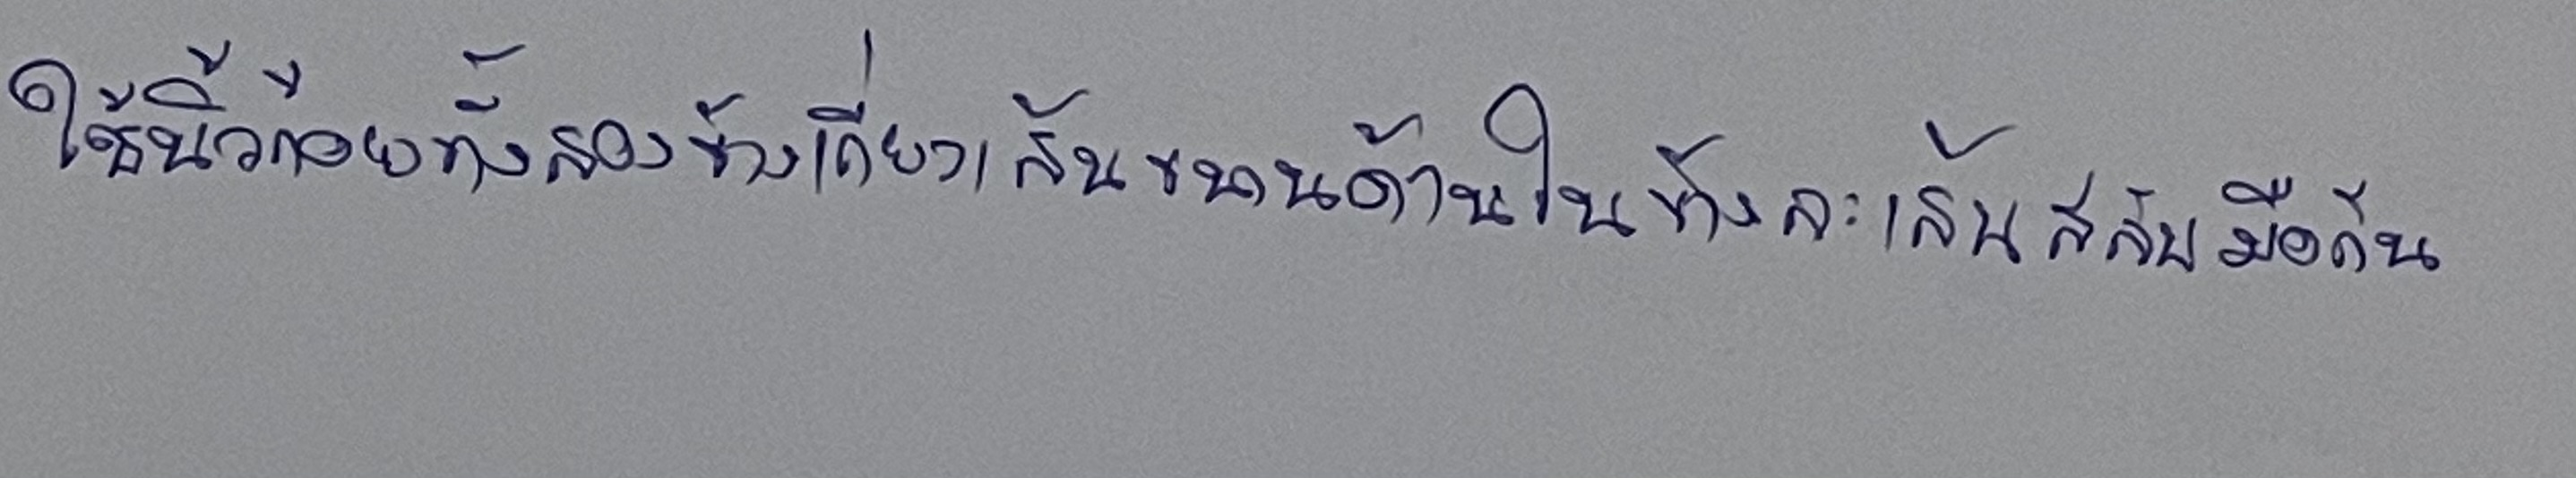
ใช้นิ้วก้อยทั้งสองข้างเกี่ยวเส้นขนานด้านในข้างละเส้นสลับมือกัน